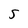
Character: 5